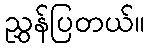
ညွှန်ပြတယ်။